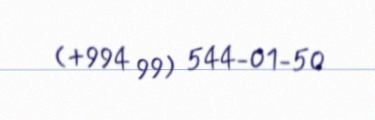
(+994 99) 544-01-50